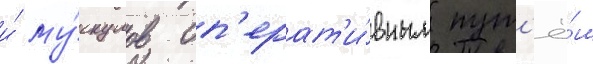
и́ му́скулов оп'ерат'и́вным пут'ё́м